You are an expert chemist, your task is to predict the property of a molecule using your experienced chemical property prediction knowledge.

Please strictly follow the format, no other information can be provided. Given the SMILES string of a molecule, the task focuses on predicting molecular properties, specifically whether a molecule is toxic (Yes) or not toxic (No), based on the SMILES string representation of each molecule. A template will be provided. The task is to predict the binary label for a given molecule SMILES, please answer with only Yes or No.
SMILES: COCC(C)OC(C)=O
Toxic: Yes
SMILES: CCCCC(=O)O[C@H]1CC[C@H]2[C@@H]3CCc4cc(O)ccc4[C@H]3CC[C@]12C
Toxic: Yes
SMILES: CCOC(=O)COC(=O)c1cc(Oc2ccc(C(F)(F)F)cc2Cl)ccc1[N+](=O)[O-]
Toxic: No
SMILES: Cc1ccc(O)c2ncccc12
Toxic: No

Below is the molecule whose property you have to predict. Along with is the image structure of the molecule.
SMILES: CC(C)=CC1C(C(=O)OCN2C(=O)C3=C(CCCC3)C2=O)C1(C)C
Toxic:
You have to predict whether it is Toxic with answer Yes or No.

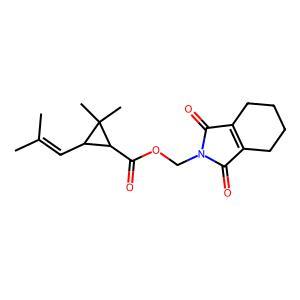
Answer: No